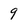
Character: 9